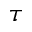
\tau